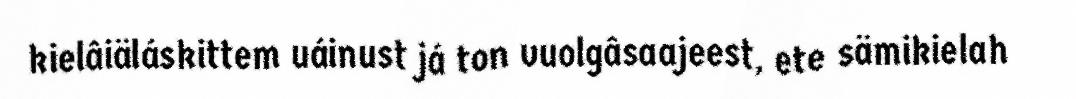
kielâiäláskittem uáinust já ton vuolgâsaajeest, ete sämikielah